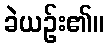
ခဲယဉ်း၏။